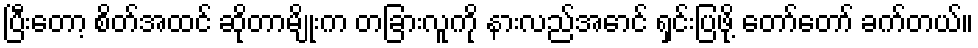
ပြီးတော့ စိတ်အထင် ဆိုတာမျိုးက တခြားလူကို နားလည်အောင် ရှင်းပြဖို့ တော်တော် ခက်တယ်။